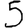
Digit: 5